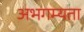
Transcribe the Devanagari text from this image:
अभगम्यता